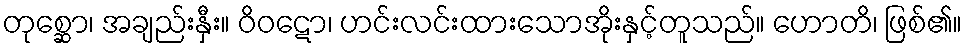
တုစ္ဆော၊ အချည်းနှီး။ ဝိဝဋော၊ ဟင်းလင်းထားသောအိုးနှင့်တူသည်။ ဟောတိ၊ ဖြစ်၏။